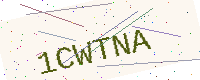
Text: 1CWTNA